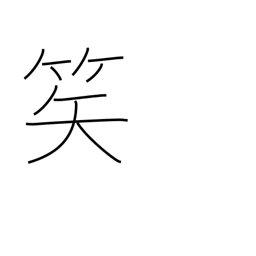
Meaning: arrow